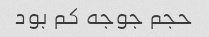
حجم جوجه کم بود